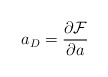
\begin{align*}a_D=\frac{\partial \mathcal{F}}{\partial a}\end{align*}